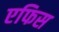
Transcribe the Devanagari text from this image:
एफिस